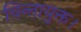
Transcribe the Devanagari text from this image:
चिन्तायुक्त।